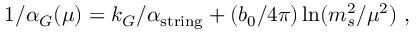
1 / \alpha _ { G } ( \mu ) = k _ { G } / \alpha _ { \mathrm { s t r i n g } } + ( { b _ { 0 } / { 4 \pi } } ) \ln ( { m _ { s } ^ { 2 } / \mu ^ { 2 } } ) ~ ,